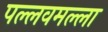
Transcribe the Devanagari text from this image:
पल्लवमल्ला